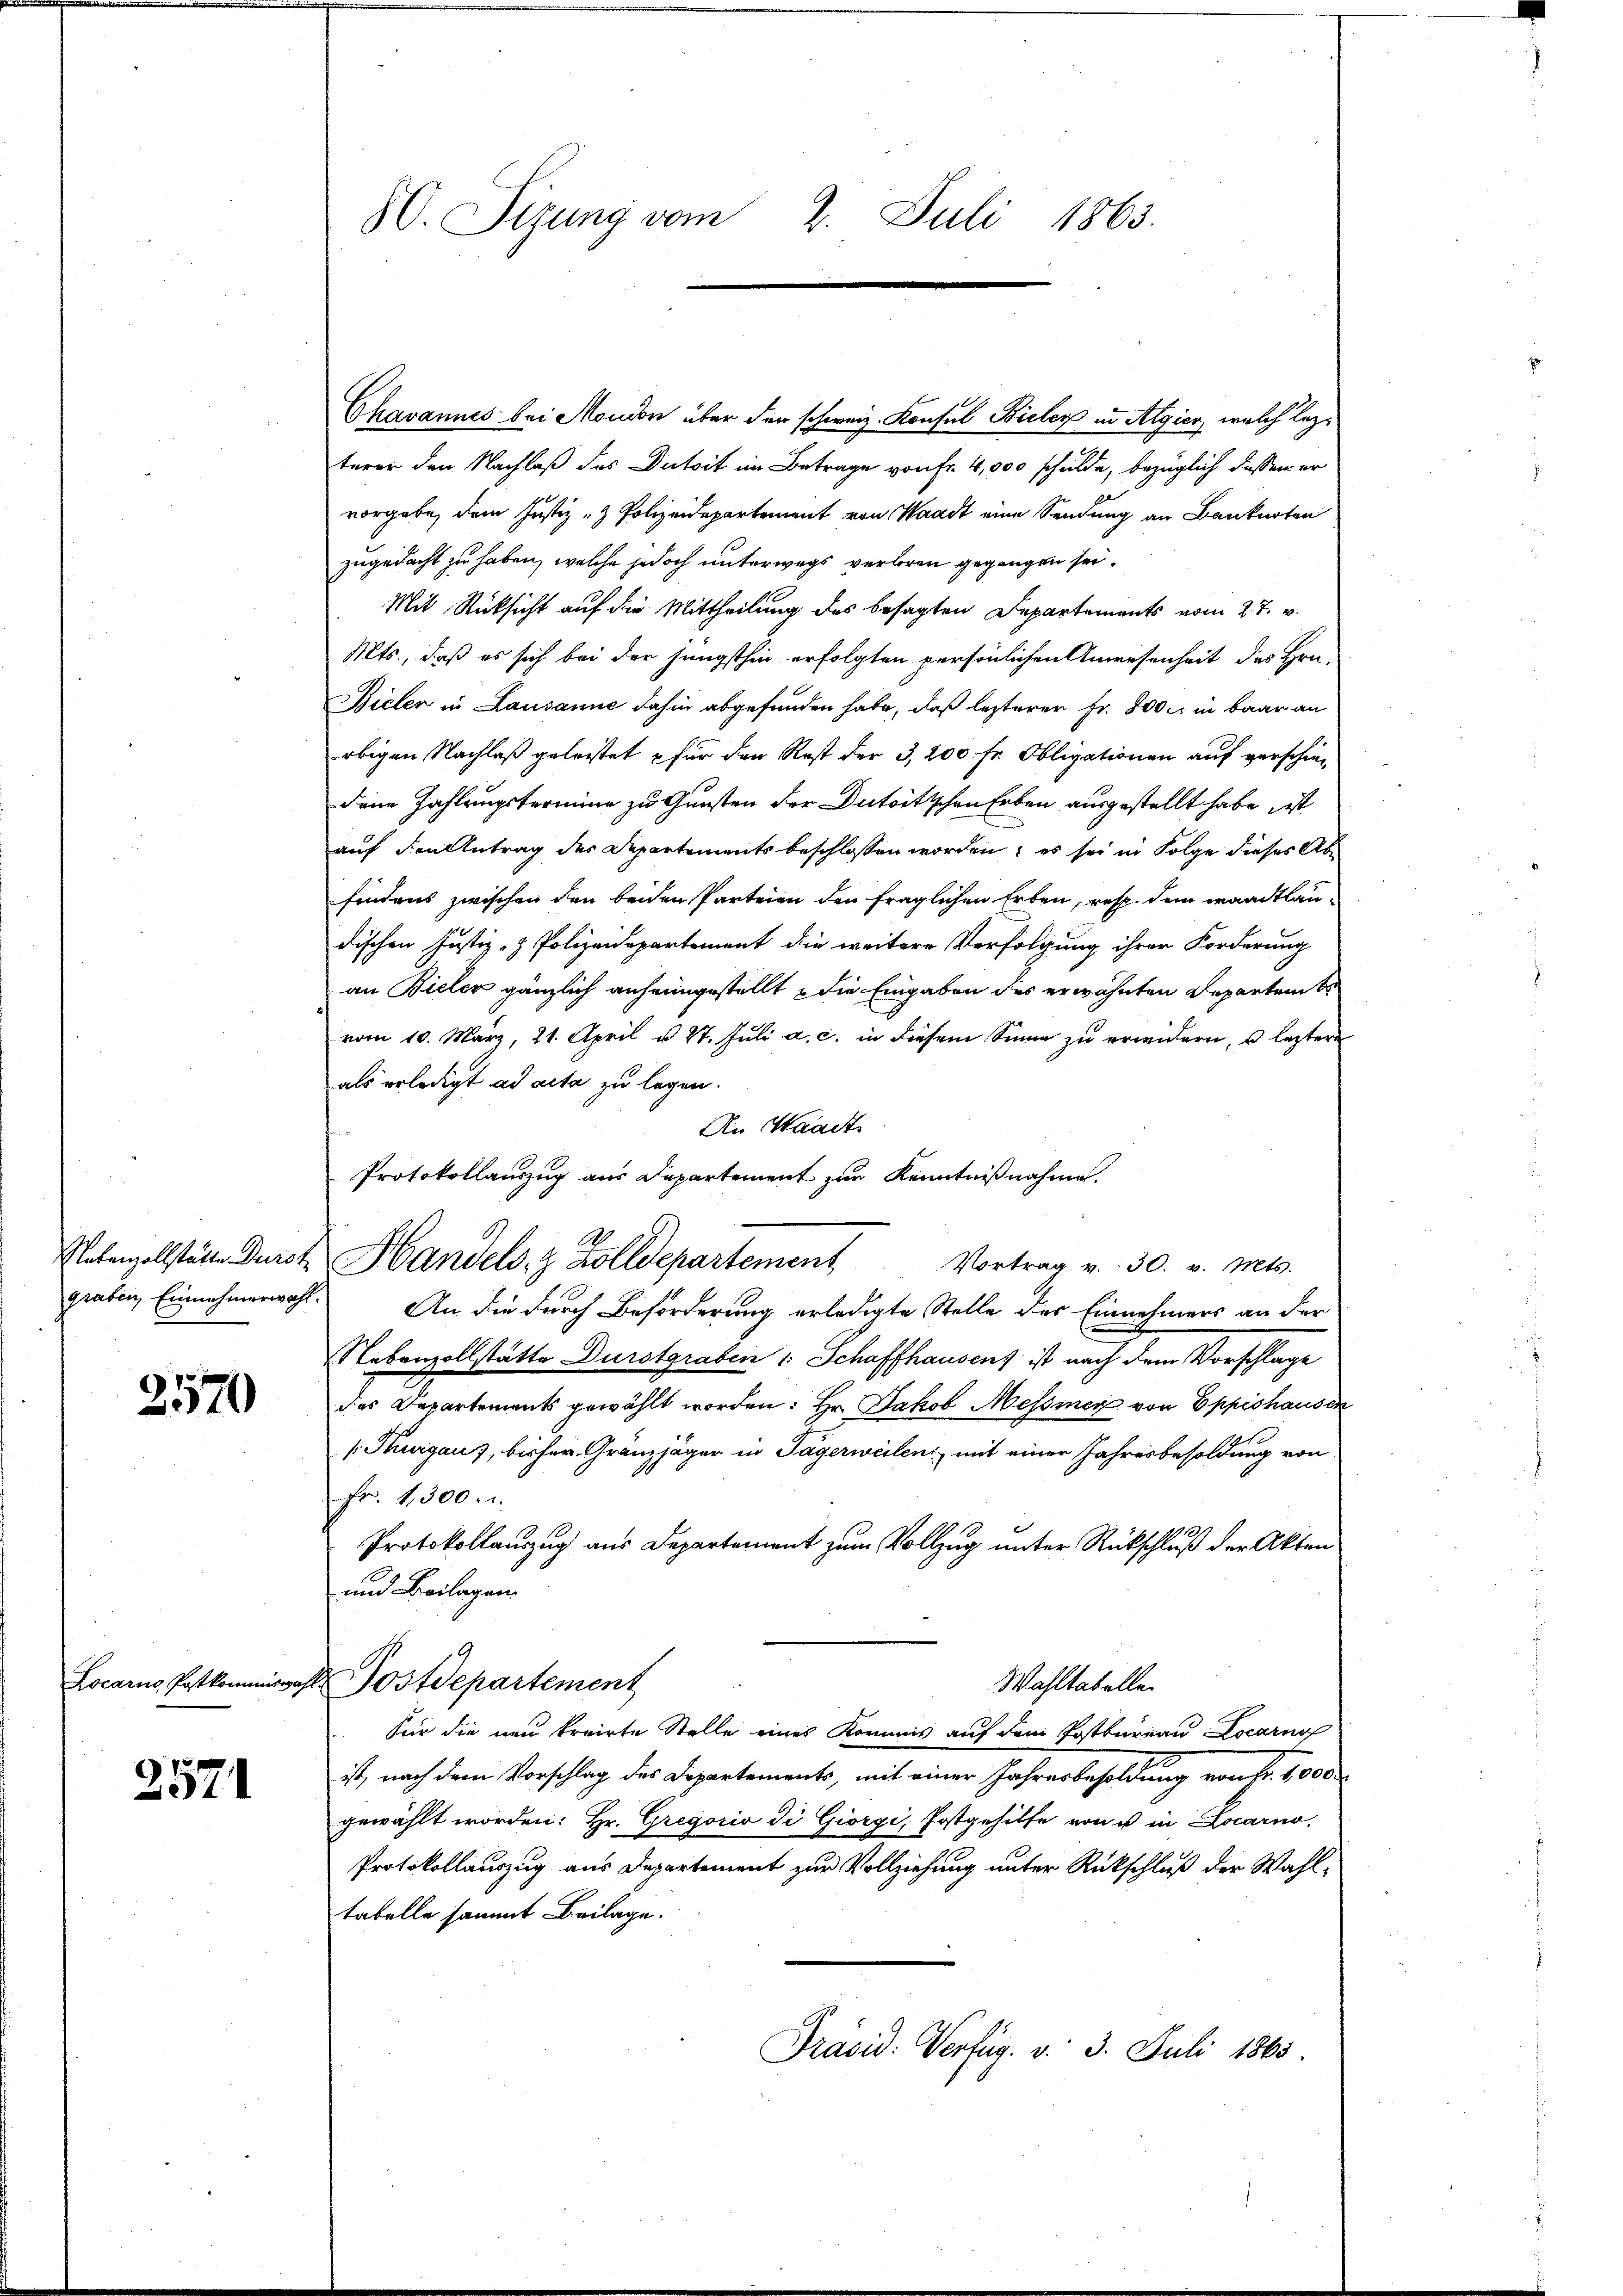
2570

2571

80. Sizung vom 2. Juli 1863.

Chavannes bei Mondon über der schweiz. Konsul Bieler in Algier, welch lezterer den Nachlaß des Dutsit im Betrage von fr. 4,000 schulde, bezüglich dassen er
vorgebe, dem Justiz- & Polizeidepartement von Waadt eine Sendung an Bankarten
zugedacht zu haben, welche jedoch unterwegs verloren gegangen sei.
Mit Rücksicht auf die Mittheilung des besagten Departements vom 27. v.
Mts., daß es sich bei der jüngsthin erfolgten persönlichen Anwesenheit des Hrn.
Bieler in Lausanne dahin abgefunden habe, daß lezterer Fr. 800. in baar an
obigen Nachlaß geleistet für den Rest der 3, 200 fr. Obligationen auf verschien
dene Zahlungstermine zu Gunsten der Dutoitschen Erben ausgestellt habe, ist
auf den Antrag des Departements beschlossen worden; es sei in Folge dieses Abe
findens zwischen den beiden Parteien den fraglichen Erben, resp. dem waadtlaudischen Justiz- & Polizeidepartement die weitere Verfolgung ihrer Forderung
an Bieler gänzlich anheimgestellt & die Eingaben des erwähnten Departembe
vom 10. März, 21. April u. 27. Juli a. c. in diesem Sinne zu erwidern, s leztere
als erledigt ad acta zu legen.
An Waadt
Protokollauszug aus Departement zur Kenntnißnahme.
graben, Einnehmerwahl. An die durch Beförderung erledigte Stelle des Einnehmers an der
Nebenzollstätte Durstgraben : Schaffhausens ist nach dem Vorschlage
des Departements gewählt worden: Hr. Jakob Messiner von Eppishausen
[Thurgau, bisher Granzjäger in Tägerweilen, mit einer Jahresbesoldung von
Fr. 1,300. r.
Protokollauszug aus Departement zum Vollzug unter Rückschluß der Akten
und Beilagen.
Locarns Postkommiswahl Postdepartement
Wahltabelle
Für die neu kreiste Stelle eines Kommis auf dem Postbureau Locarno
ist, nach dem Vorschlag des Departements, mit einer Jahresbesoldung von Fr. 1000
gewählt worden: Hr. Gregorio di Giorgi, Postgehilfe von u in Locarno,
Protokollauszug aus Departement zur Vollziehung unter Rückschluß der Wahltabelle sammt Beilage.
Präsid. Verfüg. v. 3. Juli 1865.

Nebenzollstätte Durst Handels- & Zolldepartement Vortrag v. 30. v. Mts.